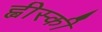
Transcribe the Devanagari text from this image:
ह्वीस्की